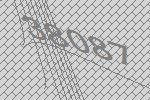
38087